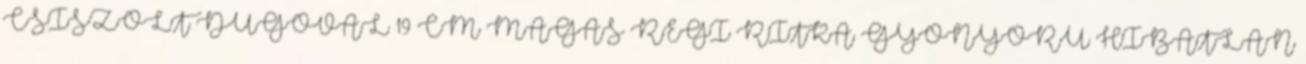
CSISZOLT DUGÓVAL 19 CM MAGAS RÉGI RITKA GYÖNYÖRÜ HIBÁTLAN